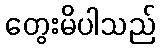
တွေးမိပါသည်